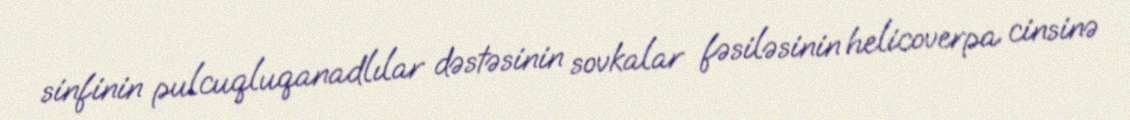
sinfinin pulcuqluqanadlılar dəstəsinin sovkalar fəsiləsinin helicoverpa cinsinə